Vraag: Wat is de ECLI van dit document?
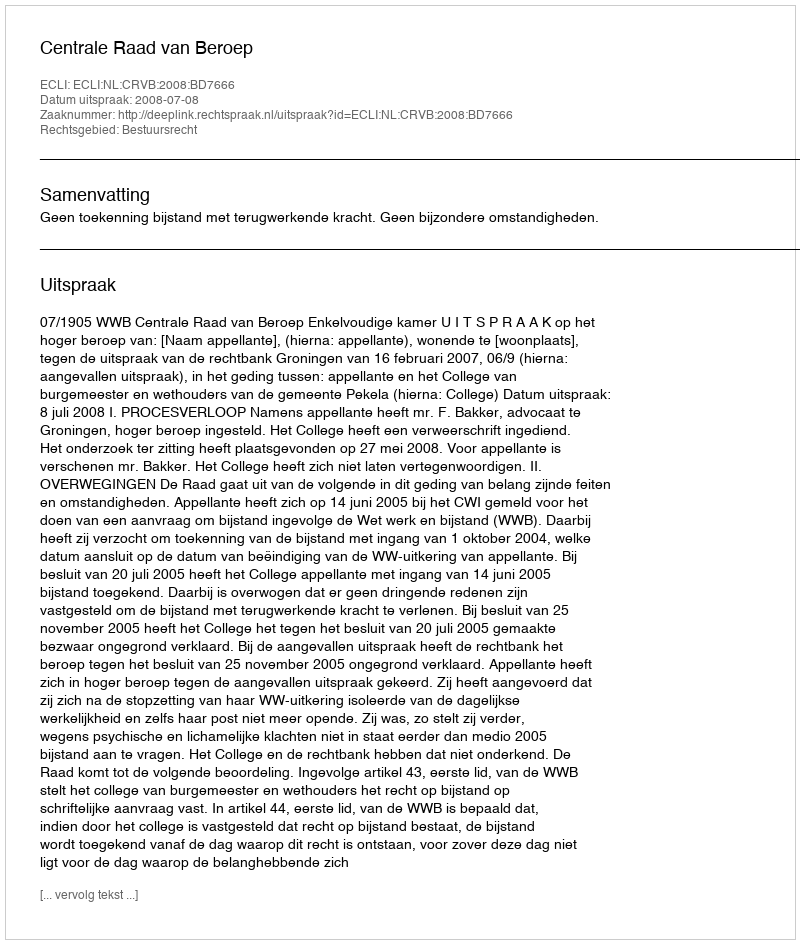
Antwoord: ECLI:NL:CRVB:2008:BD7666